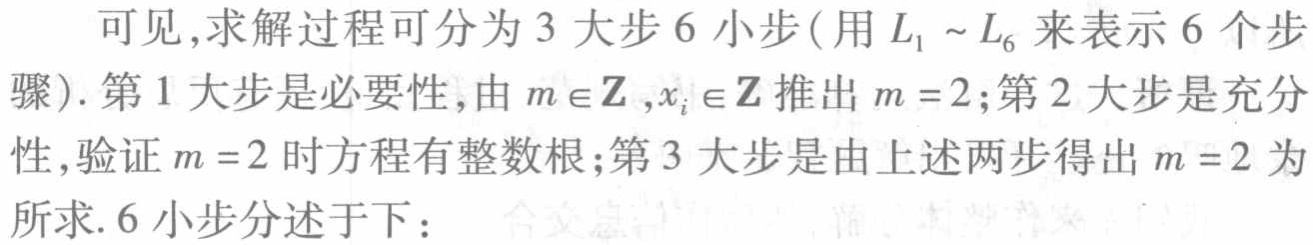
可见,求解过程可分为3大步6小步(用\(L_1 \sim L_6\)来表示6个步骤). 第1大步是必要性,由\(m\in\mathbb{Z},x_i\in\mathbb{Z}\)推出\(m = 2\);第2大步是充分性,验证\(m = 2\)时方程有整数根;第3大步是由上述两步得出\(m = 2\)为所求. 6小步分述于下：